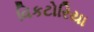
વિકટોરિયા